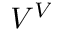
V ^ { V }